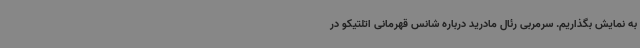
به نمایش بگذاریم. سرمربی رئال مادرید درباره شانس قهرمانی اتلتیکو در